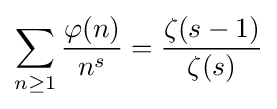
\sum _{n\geq 1}{\frac {\varphi (n)}{n^{s}}}={\frac {\zeta (s-1)}{\zeta (s)}}